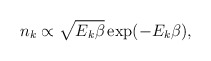
\begin{align*}n_k\propto\sqrt{E_k\beta}\exp(-E_k\beta), \end{align*}